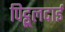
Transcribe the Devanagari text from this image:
पिट्ठूलदाई